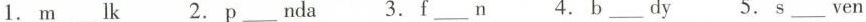
1.m___k 2.p___nda 3.f__n 4.b___dy 5.s____ven